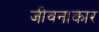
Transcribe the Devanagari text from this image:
जीवनाकार